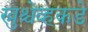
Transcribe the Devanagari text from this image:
ख्रुश्चेव्हकडे